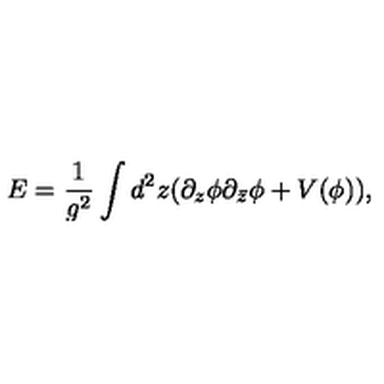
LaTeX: E = \frac { 1 } { g ^ { 2 } } \int d ^ { 2 } z ( \partial _ { z } \phi \partial _ { \bar { z } } \phi + V ( \phi ) ) ,